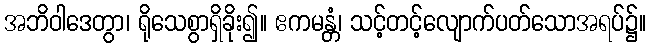
အဘိဝါဒေတွာ၊ ရိုသေစွာရှိခိုး၍။ ဧကမန္တံ၊ သင့်တင့်လျောက်ပတ်သောအရပ်၌။